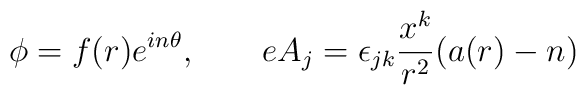
\phi =f(r) e^{in\theta},\qquad eA_j=\epsilon_{jk} \frac {x^k}{r^2}(a(r)-n)